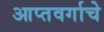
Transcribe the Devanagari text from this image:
आप्तवर्गाचे